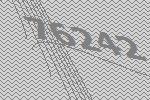
76242